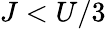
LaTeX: J<U/3